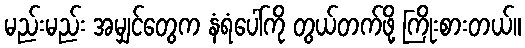
မည်းမည်း အမျှင်တွေက နံရံပေါ်ကို တွယ်တက်ဖို့ ကြိုးစားတယ်။